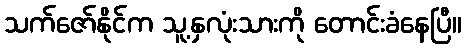
သက်ဇော်နိုင်က သူ့နှလုံးသားကို တောင်းခံနေပြီ။